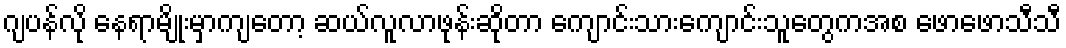
ဂျပန်လို နေရာမျိုးမှာကျတော့ ဆယ်လူလာဖုန်းဆိုတာ ကျောင်းသားကျောင်းသူတွေကအစ ဖောဖောသီသီ